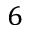
6